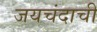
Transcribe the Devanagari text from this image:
जयचंदाची